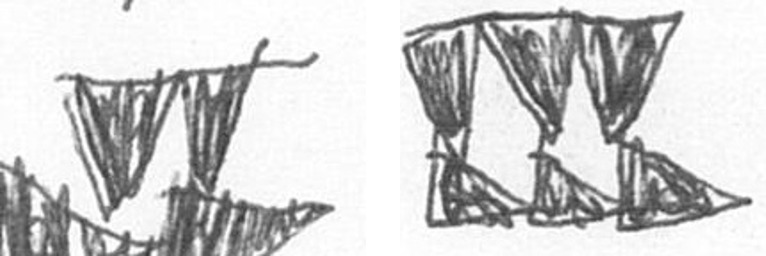
B D